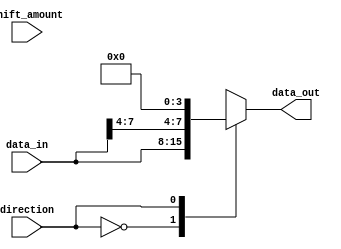
module sparse_barrel_shifter (
  input wire [7:0] data_in,
  input wire [3:0] shift_amount,
  input wire direction,
  output reg [7:0] data_out
);

always @ (*) begin
  case (direction)
    1'b0: data_out = {data_in[4:7], data_in[0:3]}; // right shift
    1'b1: data_out = {data_in[4:7], 4'b0}; // left shift
    default: data_out = data_in;
  endcase
end

endmodule